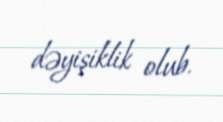
dəyişiklik olub.